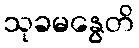
သုခမနွေတိ